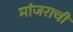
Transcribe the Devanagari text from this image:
मांजराची